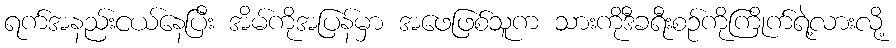
ရက်အနည်းငယ်နေပြီး အိမ်ကိုအပြန်မှာ အဖေဖြစ်သူက သားကိုဒီခရီးစဉ်ကိုကြိုက်ရဲ့လားလို့